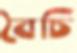
বৈচি